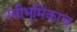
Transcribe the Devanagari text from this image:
स्त्रीभूमिकाच